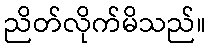
ညိတ်လိုက်မိသည်။